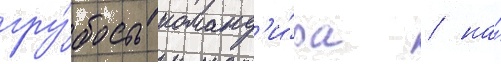
гру́бость команд'и́ра / на́